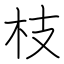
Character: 枝